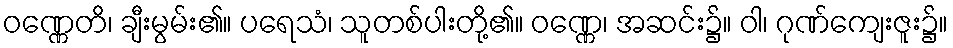
ဝဏ္ဏေတိ၊ ချီးမွမ်း၏။ ပရေသံ၊ သူတစ်ပါးတို့၏။ ဝဏ္ဏေ၊ အဆင်း၌။ ဝါ၊ ဂုဏ်ကျေးဇူး၌။